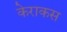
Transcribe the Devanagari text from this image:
केराकस